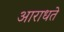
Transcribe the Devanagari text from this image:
आराधते